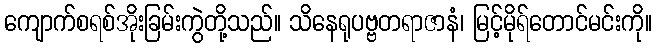
ကျောက်စရစ်အိုးခြမ်းကွဲတို့သည်။ သိနေရုပဗ္ဗတရာဇာနံ၊ မြင့်မိုရ်တောင်မင်းကို။